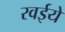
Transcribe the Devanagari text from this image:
रवईये